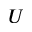
U